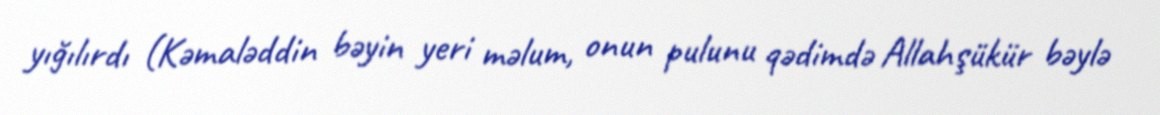
yığılırdı (Kəmaləddin bəyin yeri məlum, onun pulunu qədimdə Allahşükür bəylə